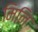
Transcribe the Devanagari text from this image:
मिनि